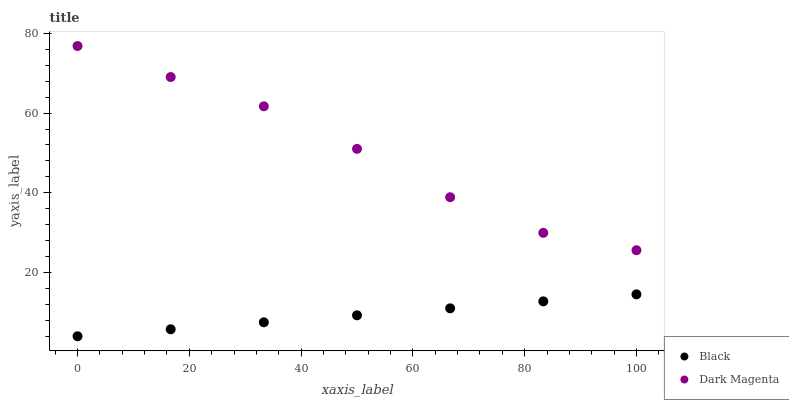
| xaxis_label | Black | Dark Magenta |
 | --- | --- | --- |
 | 0 | 4 | 76.8 |
 | 16.7 | 5.75 | 69.1 |
 | 33.3 | 7.5 | 61.7 |
 | 50 | 9.26 | 51 |
 | 66.7 | 11 | 38.9 |
 | 83.3 | 12.8 | 30 |
 | 100 | 14.5 | 25.6 |